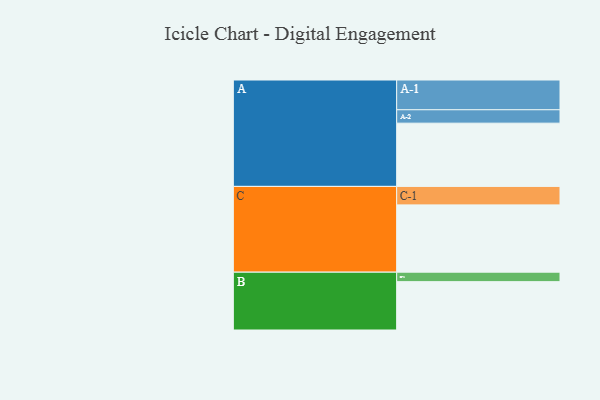
{"axis": {"x": "Segment", "y": "Value"}, "legend": ["", "A", "B", "C"], "data": [{"x": "A", "y": 561, "type": ""}, {"x": "B", "y": 429, "type": ""}, {"x": "C", "y": 597, "type": ""}, {"x": "A-1", "y": 264, "type": "A"}, {"x": "A-2", "y": 119, "type": "A"}, {"x": "B-1", "y": 84, "type": "B"}, {"x": "C-1", "y": 164, "type": "C"}]}